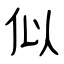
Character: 似